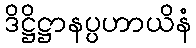
ဒိဋ္ဌိဋ္ဌာနပ္ပဟာယိနံ